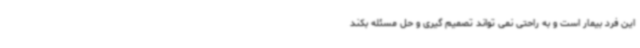
این فرد بیمار است و به راحتی نمی تواند تصمیم گیری و حل مسئله بکند